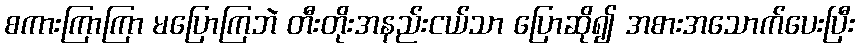
စကားကြာကြာ မပြောကြဘဲ တီးတိုးအနည်းငယ်သာ ပြောဆို၍ အစားအသောက်ပေးပြီး